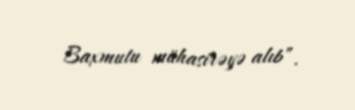
Baxmutu mühasirəyə alıb”.